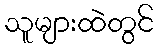
သူများထဲတွင်